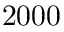
2 0 0 0